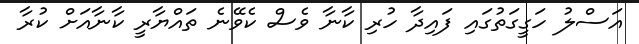
އަސްލު ހަގީގަތުގައި ފައިދާ ހުރި ކާނާ ވެސް ކެވޭނެ ތައްޔާރީ ކާނާއަށް ކުރާ